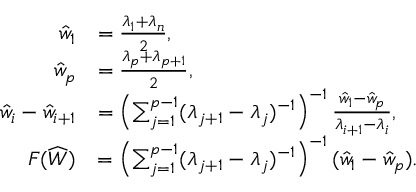
\begin{array} { r l } { \hat { w } _ { 1 } } & { = \frac { \lambda _ { 1 } + \lambda _ { n } } { 2 } , } \\ { \hat { w } _ { p } } & { = \frac { \lambda _ { p } + \lambda _ { p + 1 } } { 2 } , } \\ { \hat { w } _ { i } - \hat { w } _ { i + 1 } } & { = \left( \sum _ { j = 1 } ^ { p - 1 } ( \lambda _ { j + 1 } - \lambda _ { j } ) ^ { - 1 } \right) ^ { - 1 } \frac { \hat { w } _ { 1 } - \hat { w } _ { p } } { \lambda _ { i + 1 } - \lambda _ { i } } , } \\ { F ( \widehat { W } ) } & { = \left( \sum _ { j = 1 } ^ { p - 1 } ( \lambda _ { j + 1 } - \lambda _ { j } ) ^ { - 1 } \right) ^ { - 1 } ( \hat { w } _ { 1 } - \hat { w } _ { p } ) . } \end{array}